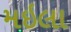
મઇલા